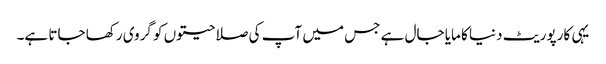
یہی کارپوریٹ دنیا کا مایا جال ہے جس میں آپ کی صلاحیتوں کو گروی رکھا جاتا ہے۔